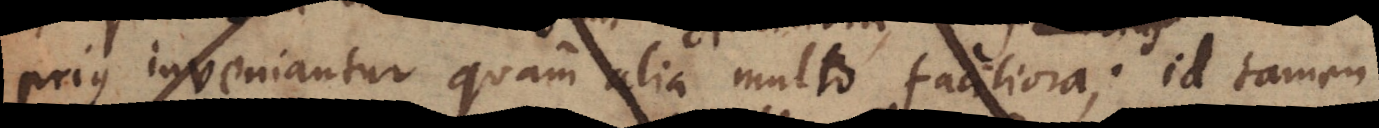
prius inveniantur quam alia multo faciliora; id tamen